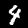
Label: 4